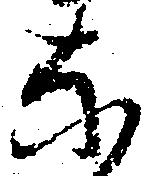
な